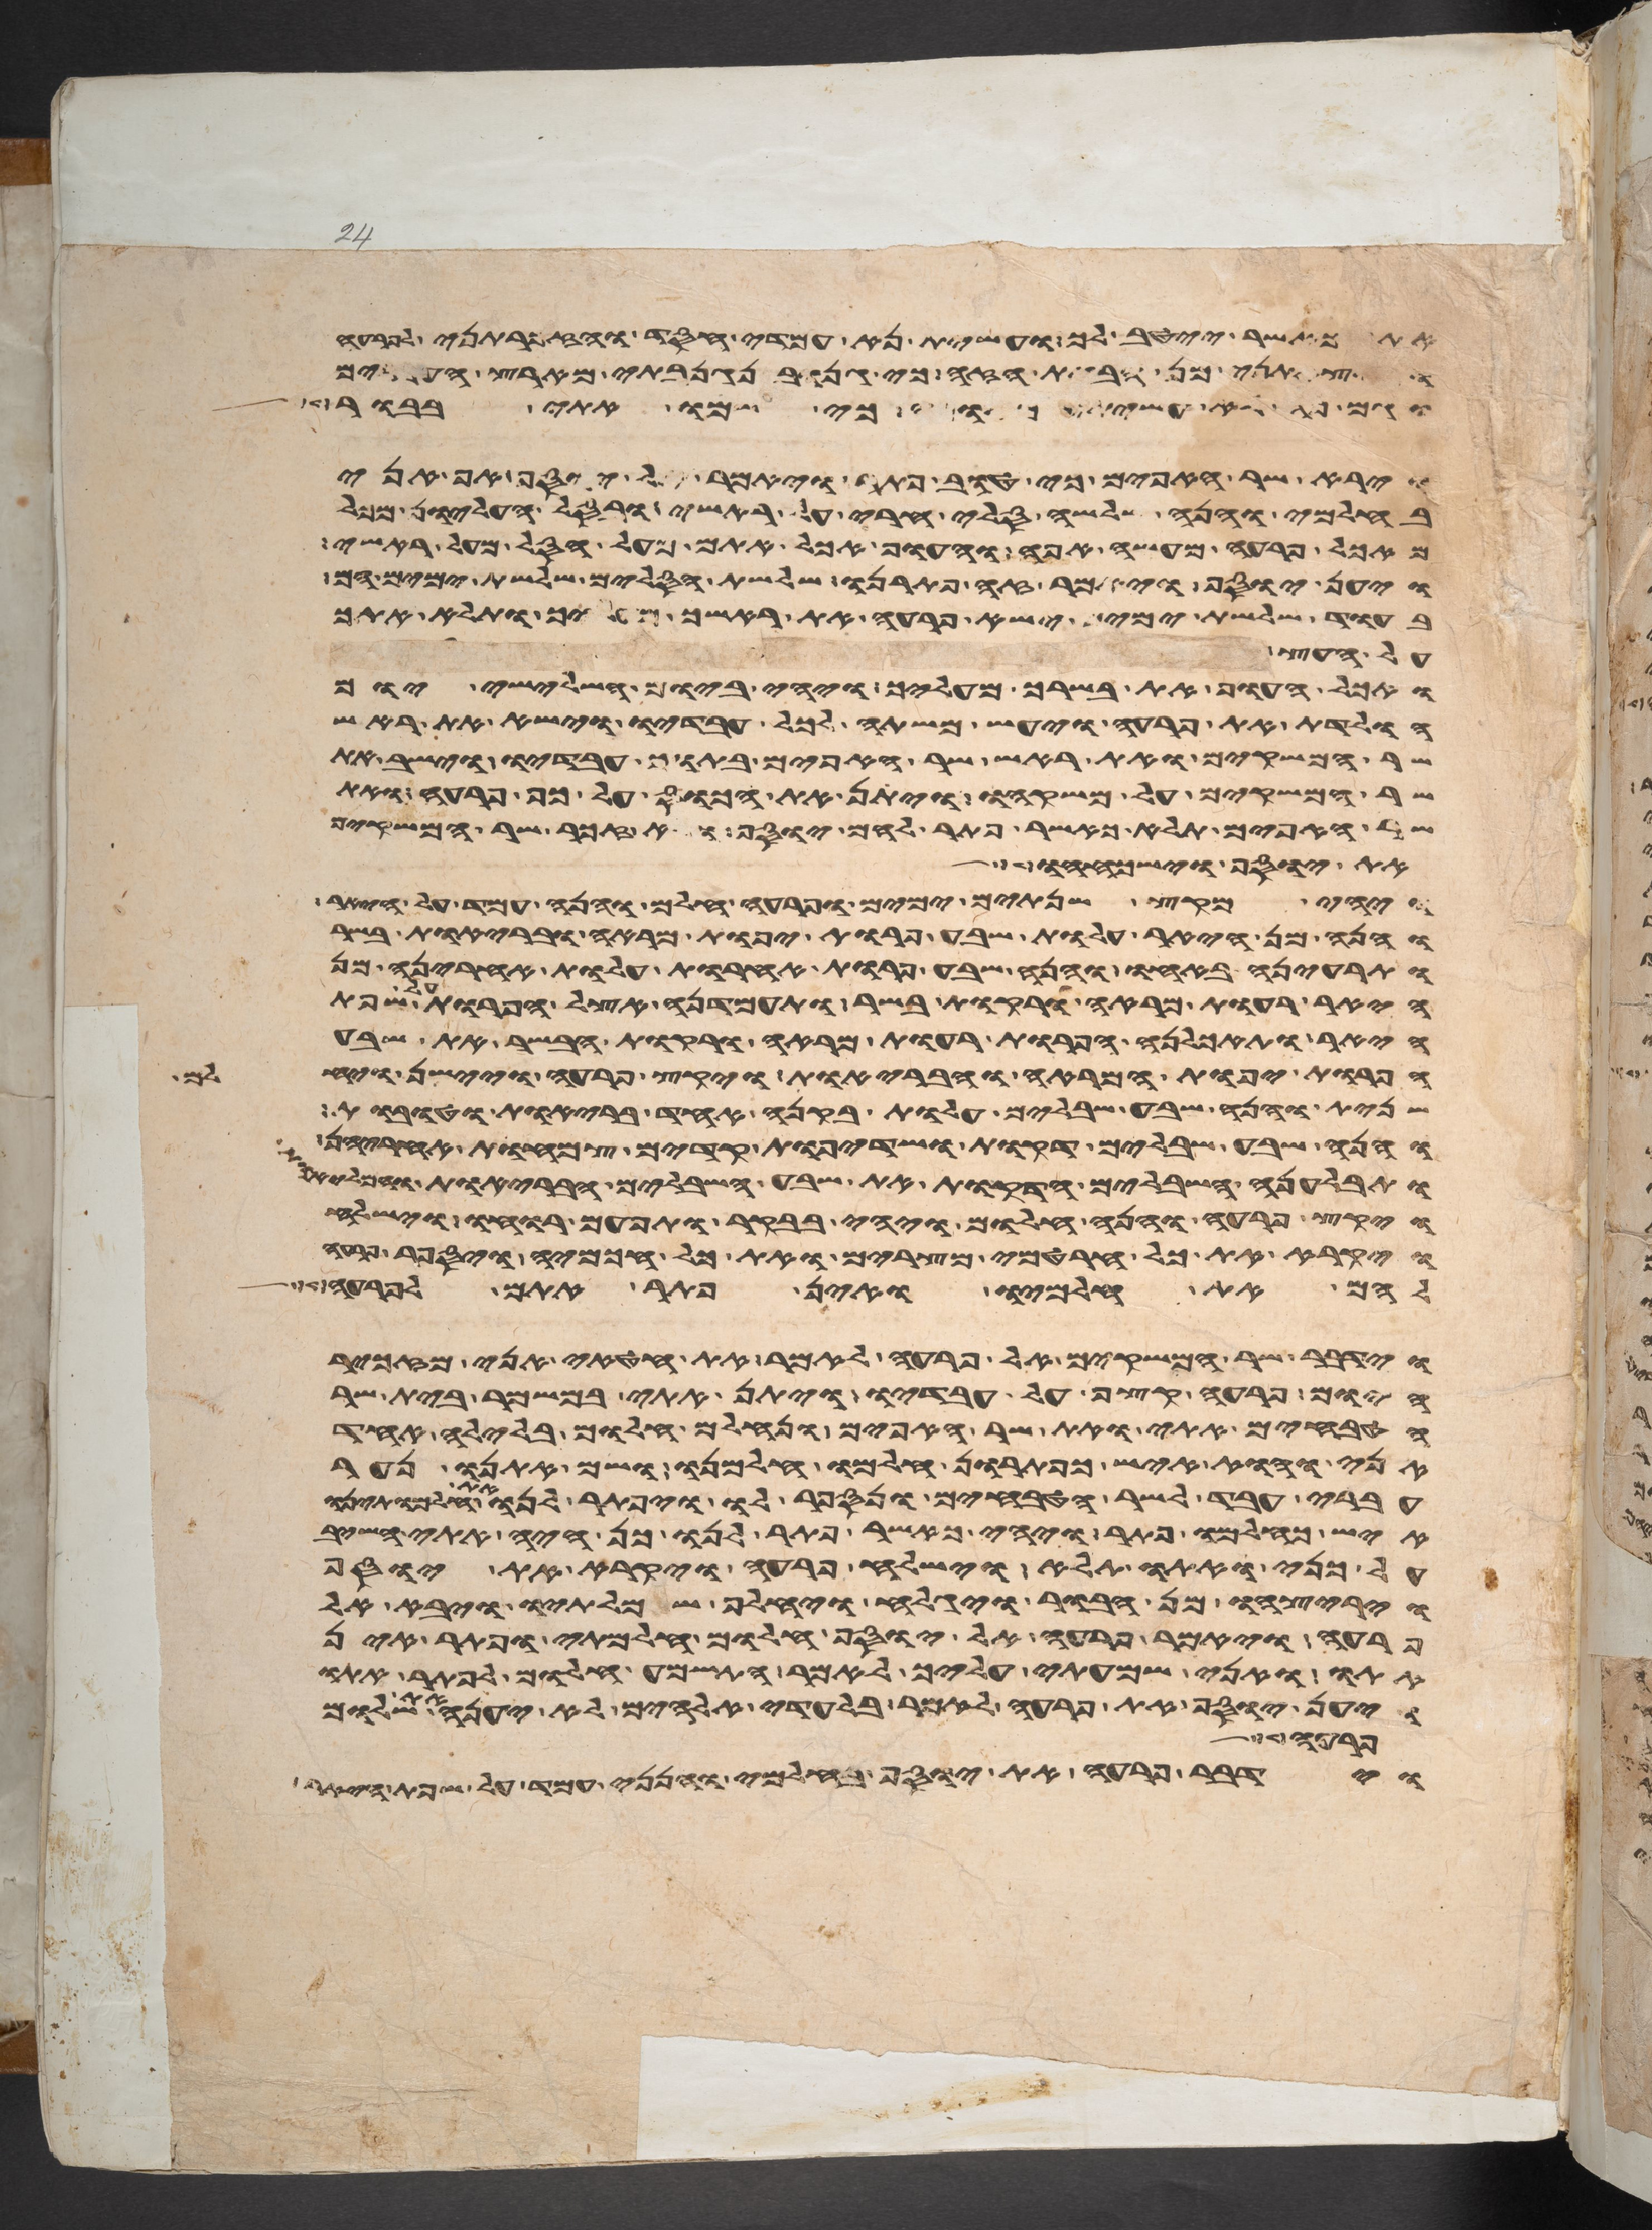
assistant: אתך כאשר ייטב לך ועשית נא עמדי חסד והזכרתני לפרעה
והוצאתני מן הבית הזה כי גנוב נגנבתי מארץ העברים
וגם פה לא עשיתי מאומה כי שמו אתי בבור
וירא שר האפים כי טוב פתר ויאמר אל יוסף אף אני
בחלמי והנה שלשה סלי חרי על ראשי ובסל העליון מכל
מאכל פרעה מעשה אפה והעוף אכל אתם מעל הסל מעל ראשי
ויען יוסף ויאמר זה פתרנו שלשת הסלים שלשת ימים הם
בעוד שלשת ימים ישא פרעה את ראשך מעליך ותלא אתך
על העץ
ואכל העוף את בשרך מעליך ויהי ביום השלישי יום
הולדת את פרעה ויעש משתה לכל עבדיו וישא את ראש
שר המשקים ואת ראש שר האפים בתוך עבדיו וישב את
שר המשקים על משקהו ויתן את הכוס על כף פרעה ואת
שר האפים תלא כאשר פתר להם יוסף ולא זכר שר המשקים
את יוסף וישכחהו
ויהי מקץ שנתים ימים ופרעה חלם והנה עמד על היאר
והנה מן היאר עלות שבע פרות יפות מראה ובריות בשר
ותריענה באחו והנה שבע פרות אחרות עלות אחריהן מן
היאר רעות מראה ורקות בשר ותעמדנה אצל הפרות על שפת
היאר ותאכלנה הפרות רעות המראה ורקות הבשר את שבע
הפרות יפות המראה והבריות ויקץ פרעה ויישן ויחלם
שנית והנה שבע שבלים עלות בקנה אחד בריות וטובות
והנה שבע שבלים דקות ושדיפת קדים צמחות אחריהן
ותבלענה השבלים הדקות את שבע השבלים הבריות והמליות
ויקץ פרעה והנה חלום ויהי בבקר ותפעם רוחו וישלח
ויקרא את כל חרטמי מצרים ואת כל חכמיה ויספר פרעה
להם את חלמיו ואין פתר אתם לפרעה
וידבר שר המשקים אל פרעה לאמר את חטאי אני מזכיר
היום פרעה קצף על עבדיו ויתן אתי במשמר בית שר
הטבחים אתי ואת שר האפים ונחלם חלום בלילה אחד
אני והוא איש כפתרון חלמו חלמנו ושם אתנו נער
עברי עבד לשר הטבחים ונספר לו ויפתר לנו את חלמתינו
איש כחלמו פתר ויהי כאשר פתר לנו כן היה אתי השיב
על כני ואתו תלא וישלח פרעה ויקרא את יוסף
ויריצהו מן הבור ויגלח ויחלף שמלתיו ויבא אל
פרעה ויאמר פרעה אל יוסף חלום חלמתי ופתר אין
אתו ואני שמעתי עליך לאמר התשמע חלום לפתר אתו
ויען יוסף את פרעה לאמר בלעדי אלהים לא יענה את שלום
פרעה מלך
וידבר פרעה את יוסף בחלמי והנני עמד על שפת היאר